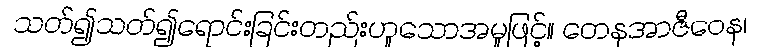
သတ်၍သတ်၍ရောင်းခြင်းတည်းဟူသောအမှုဖြင့်။ တေနအာဇီဝေန၊